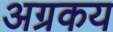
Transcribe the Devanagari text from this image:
अग्रकय